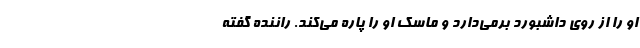
او را از روی داشبورد برمی‌دارد و ماسک او را پاره می‌کند. راننده گفته